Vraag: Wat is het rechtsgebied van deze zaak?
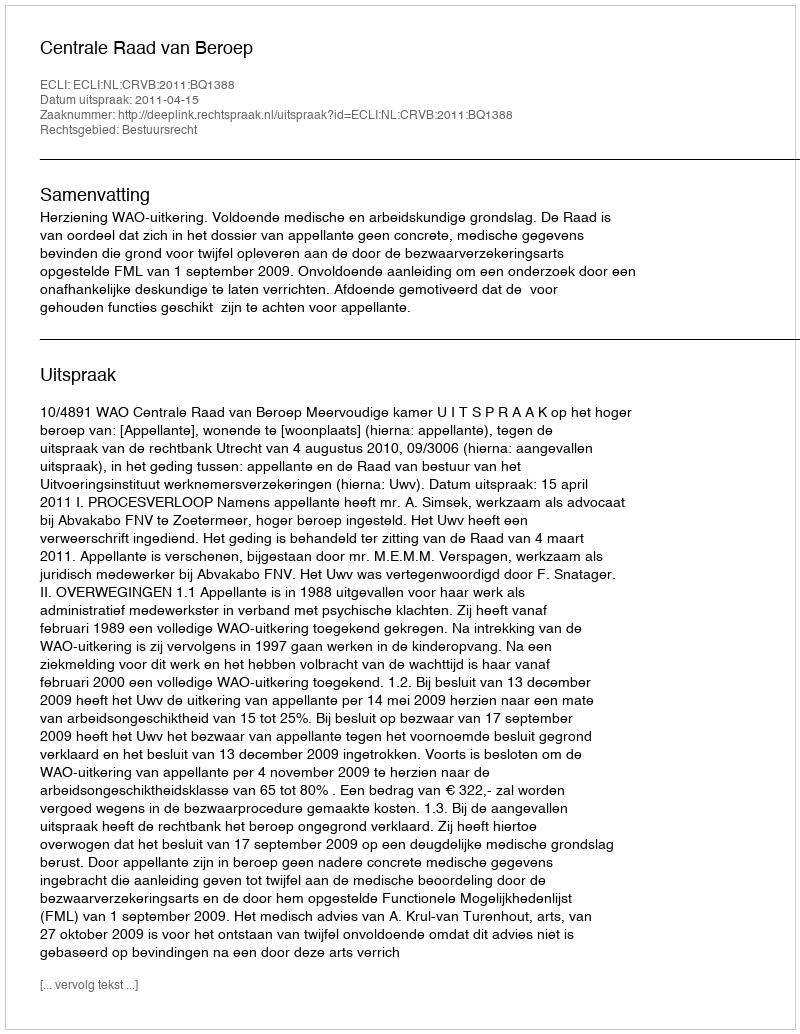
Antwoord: Bestuursrecht